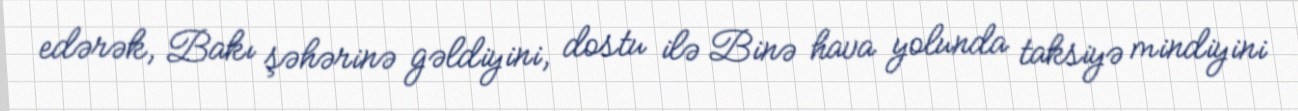
edərək, Bakı şəhərinə gəldiyini, dostu ilə Binə hava yolunda taksiyə mindiyini